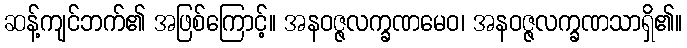
ဆန့်ကျင်ဘက်၏ အဖြစ်ကြောင့်။ အနဝဇ္ဇလက္ခဏမေဝ၊ အနဝဇ္ဇလက္ခဏသာရှိ၏။